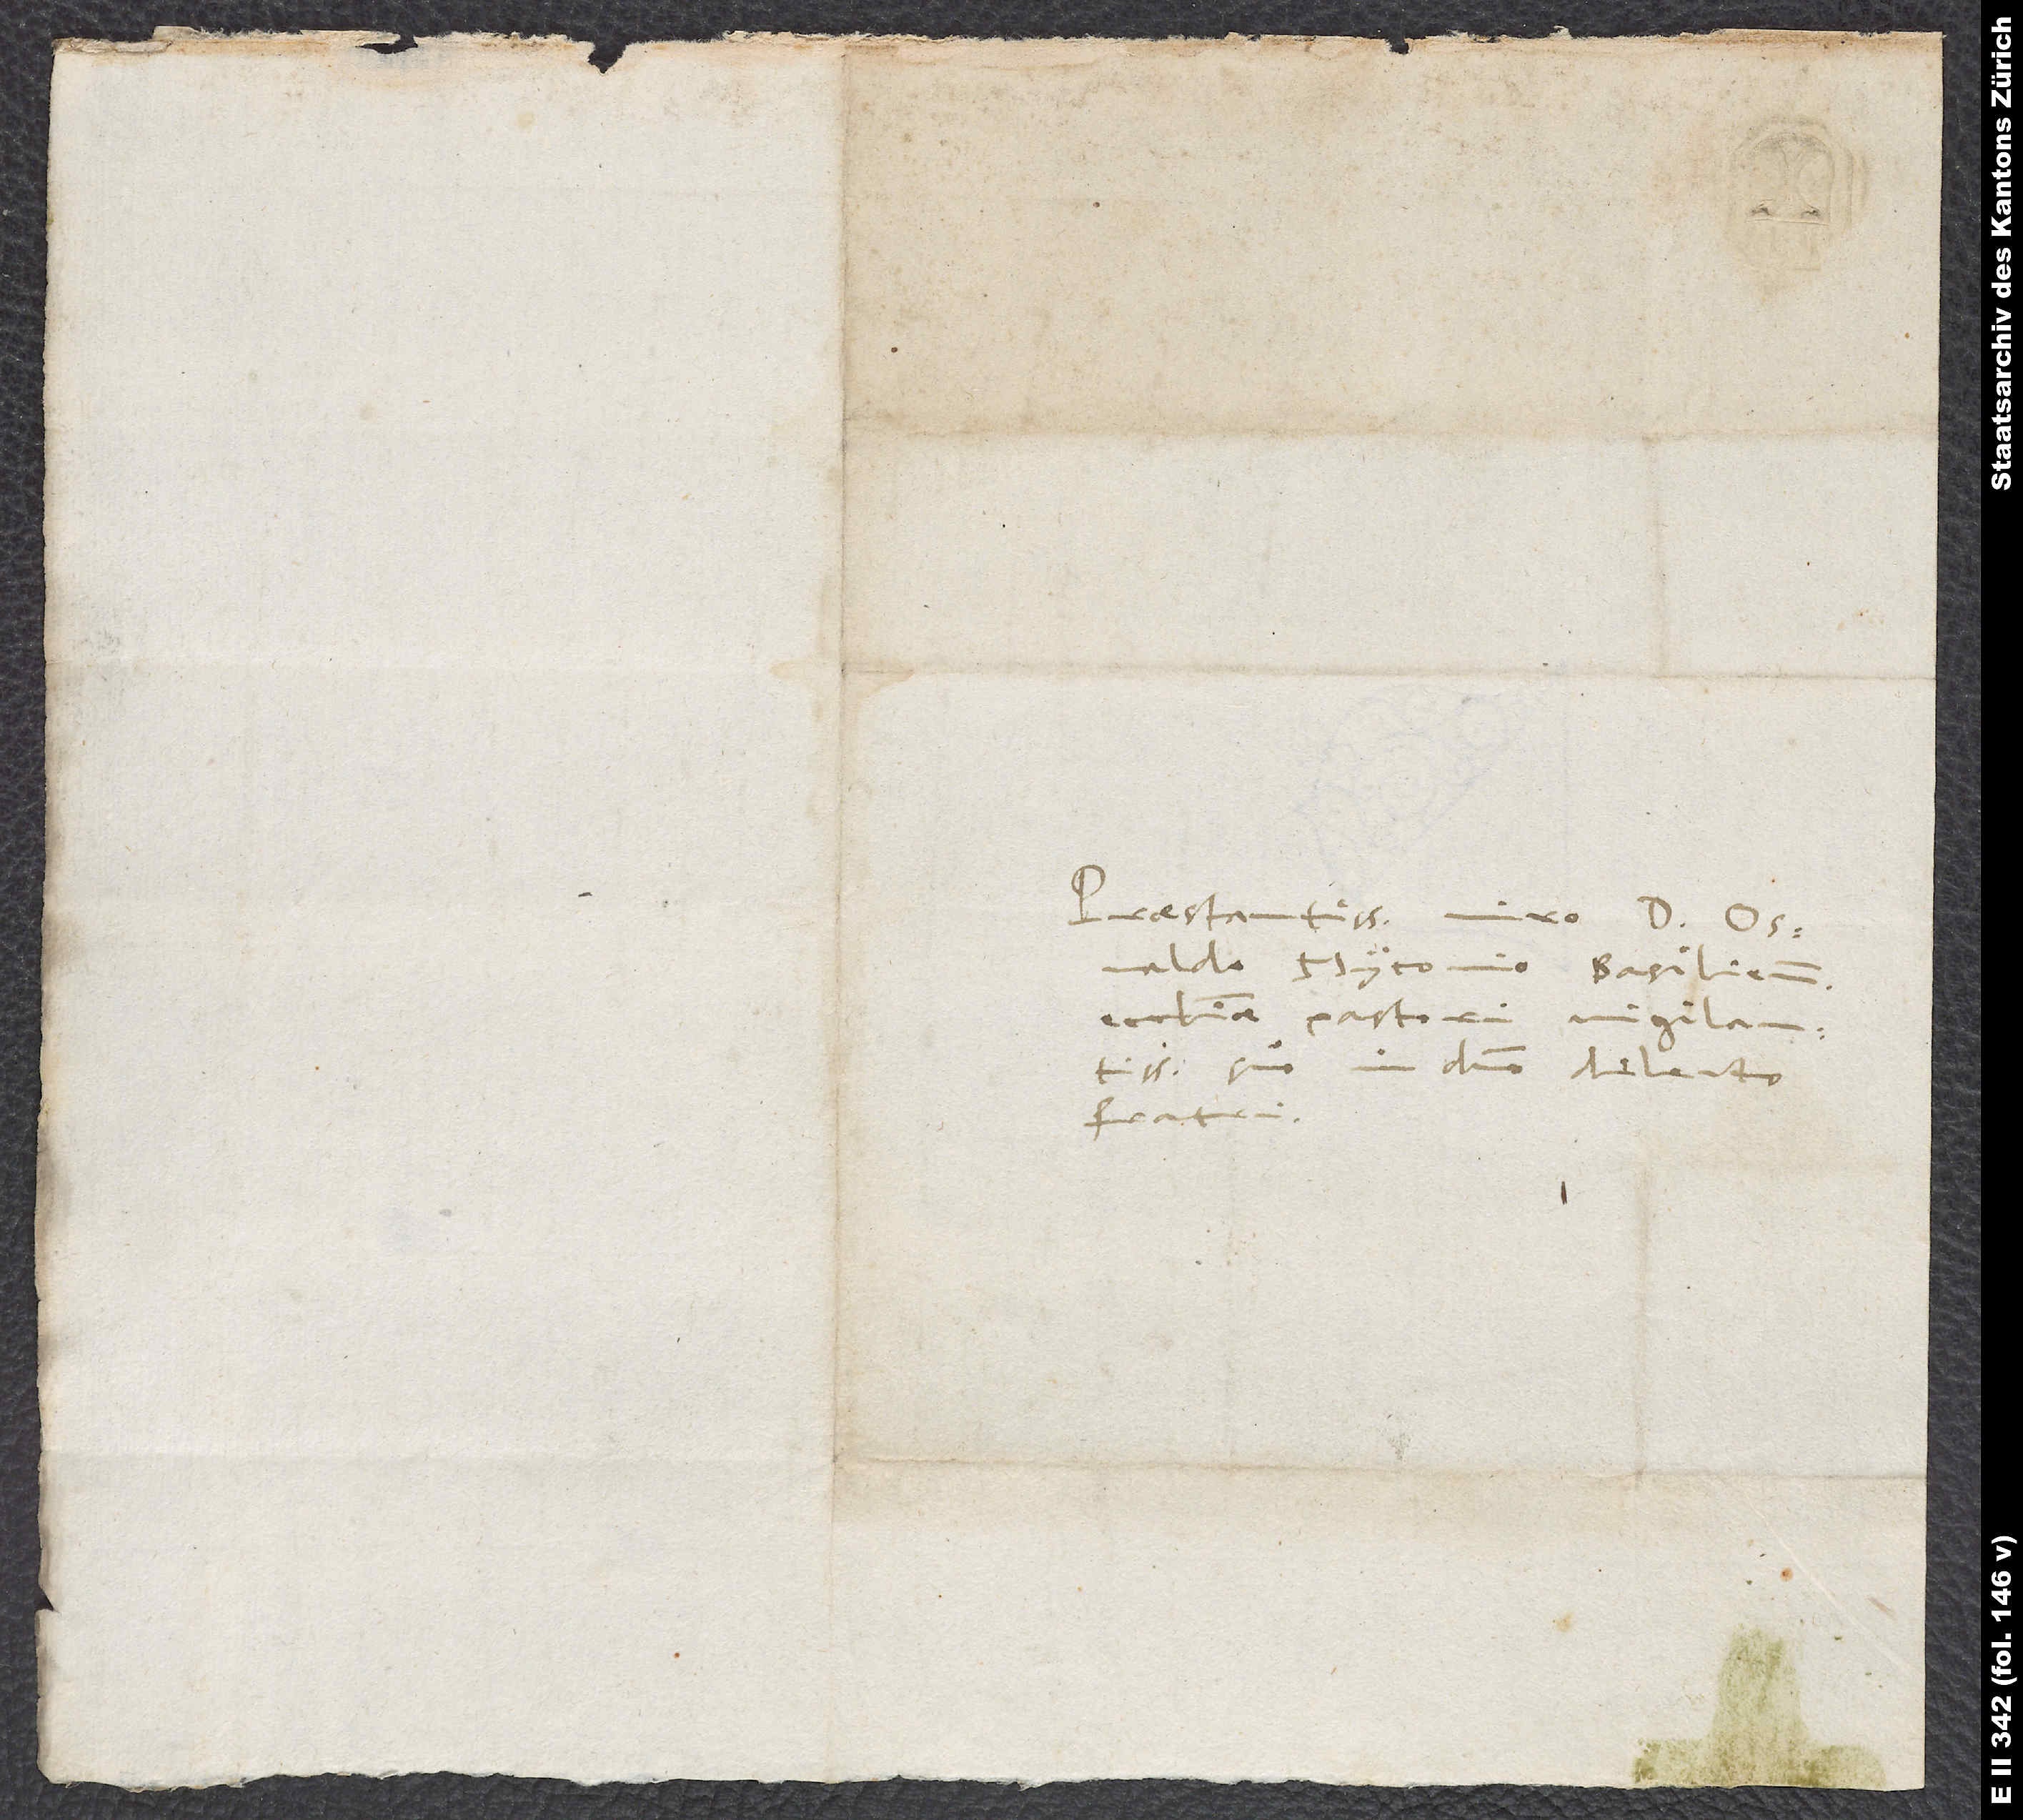
Praestantissimo viro d. Osvaldo
Myconio, Basiliensis
ecclesiae pastori vigilantissimo,
suo in domino dilecto
fratri.